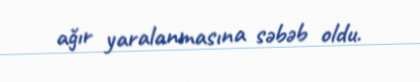
ağır yaralanmasına səbəb oldu.